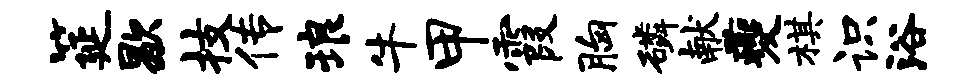
筵歇技传琅牛甲霞胸磷献夔棋识浴